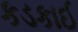
કડકાઈ